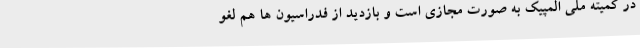
در کمیته ملی المپیک به صورت مجازی است و بازدید از فدراسیون ها هم لغو